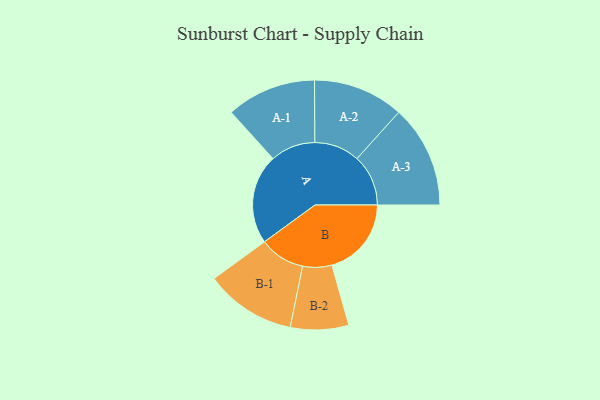
{"axis": {"x": "Segment", "y": "Value"}, "legend": ["", "A", "B"], "data": [{"x": "A", "y": 478, "type": ""}, {"x": "B", "y": 423, "type": ""}, {"x": "A-1", "y": 239, "type": "A"}, {"x": "A-2", "y": 241, "type": "A"}, {"x": "A-3", "y": 273, "type": "A"}, {"x": "B-1", "y": 242, "type": "B"}, {"x": "B-2", "y": 155, "type": "B"}]}